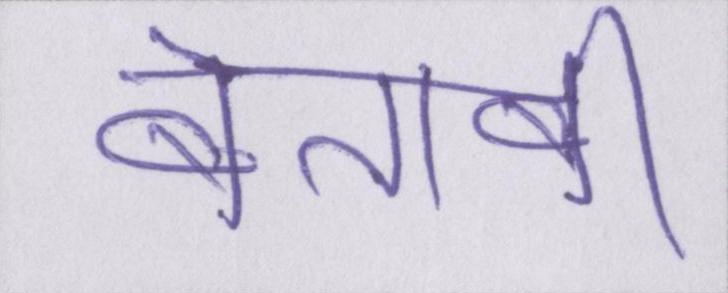
बेताबी